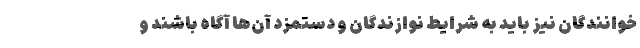
خوانندگان نیز باید به شرایط نوازندگان و دستمزد آن‌ها آگاه باشند و